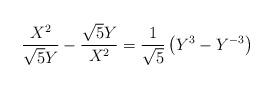
LaTeX: \begin{align*}\frac{X^2}{\sqrt{5}Y}-\frac{\sqrt{5}Y}{X^2}=\frac{1}{\sqrt{5}}\left(Y^3-Y^{-3}\right)\end{align*}